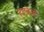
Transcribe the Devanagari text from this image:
हलकेसे